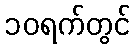
၁၀ရက်တွင်